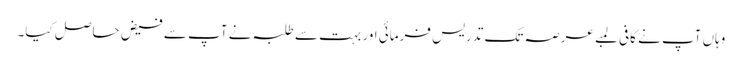
وہاں آپ نے کافی لمبے عرصہ تک تدریس فرمائی اور بہت سے طلبہ نے آپ سے فیض حاصل کیا۔